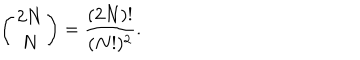
\left( \begin{array} { c } { { 2 N } } \\ { { N } } \\ \end{array} \right) = \frac { ( 2 N ) ! } { ( N ! ) ^ { 2 } } .